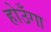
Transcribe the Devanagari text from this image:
होउँगा